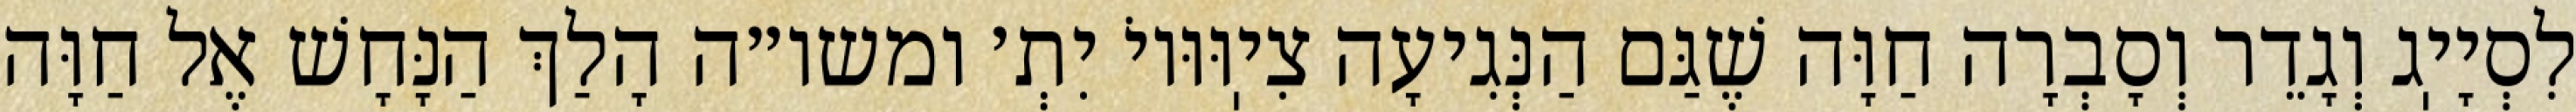
לִסְיָיֽג וְגָדֵר וְסָבְרָה חַוָּה שֶׁגַּם הַנְּגִיעָה צִיֽוּוּיוֹ יִתְ׳ ומשו״ה הָלַךְ הַנָּחָשׁ אֶל חַוָּה